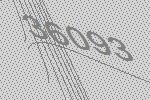
36093